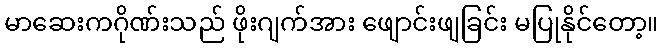
မာဆေးကဂိုဏ်းသည် ဖိုးဂျက်အား ဖျောင်းဖျခြင်း မပြုနိုင်တော့။